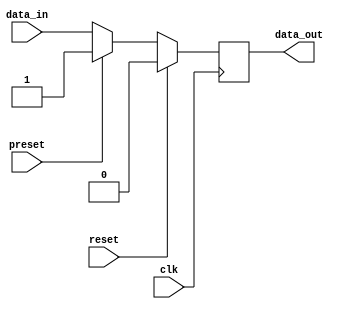
module flipflop (
    input wire clk,
    input wire reset,
    input wire preset,
    input wire data_in,
    output reg data_out
);

reg current_state, next_state;

always @ (posedge clk) begin
    if (reset) begin
        current_state <= 0;
    end else if (preset) begin
        current_state <= 1;
    end else begin
        current_state <= next_state;
    end
end

always @ (*) begin
    if (reset) begin
        next_state = 0;
    end else if (preset) begin
        next_state = 1;
    end else begin
        next_state = data_in;
    end
end

always @ (*) begin
    data_out = current_state;
end

endmodule